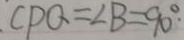
C P Q = \angle B = 9 0 . ^ { \circ }